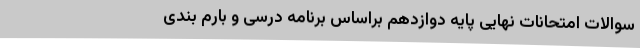
سوالات امتحانات نهایی پایه دوازدهم براساس برنامه درسی و بارم بندی